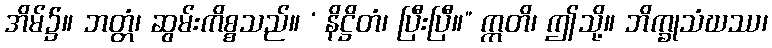
အိမ်၌။ ဘတ္တံ၊ ဆွမ်းကိစ္စသည်။ ‘ နိဋ္ဌိတံ၊ ပြီးပြီ။” ဣတိ၊ ဤသို့။ ဘိက္ခုသံဃဿ၊